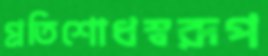
প্রতিশোধস্বরূপ